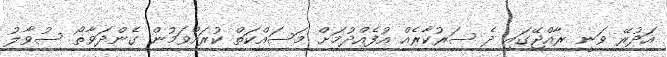
އަދުރޭ ވަނީ ރާއްޖޭގައި ދެ ސަރުކާރެއް އުފެއްދުމަށް މަސައްކަތް ކުރައްވަމުން ގެންދަވާތޯ ސުވާލު